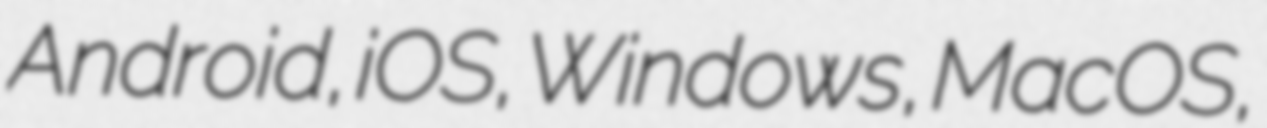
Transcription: Android, iOS, Windows, MacOS,